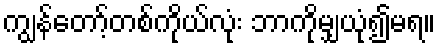
ကျွန်တော့်တစ်ကိုယ်လုံး ဘာကိုမျှယုံ၍မရ။